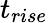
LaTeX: t_{rise}